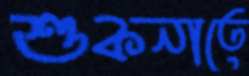
শুকনাতে